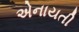
એનાયતી